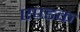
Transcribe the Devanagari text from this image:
एण्डक